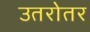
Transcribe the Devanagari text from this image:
उतरोतर